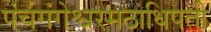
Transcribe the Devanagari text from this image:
पंचगंगेश्वरमठाधिपती